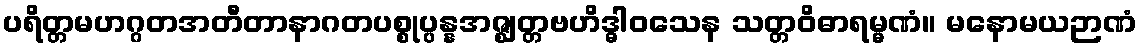
ပရိတ္တမဟဂ္ဂတအတီတာနာဂတပစ္စုပ္ပန္နအဇ္ဈတ္တဗဟိဒ္ဓါဝသေန သတ္တဝိဓာရမ္မဏံ။ မနောမယဉာဏံ